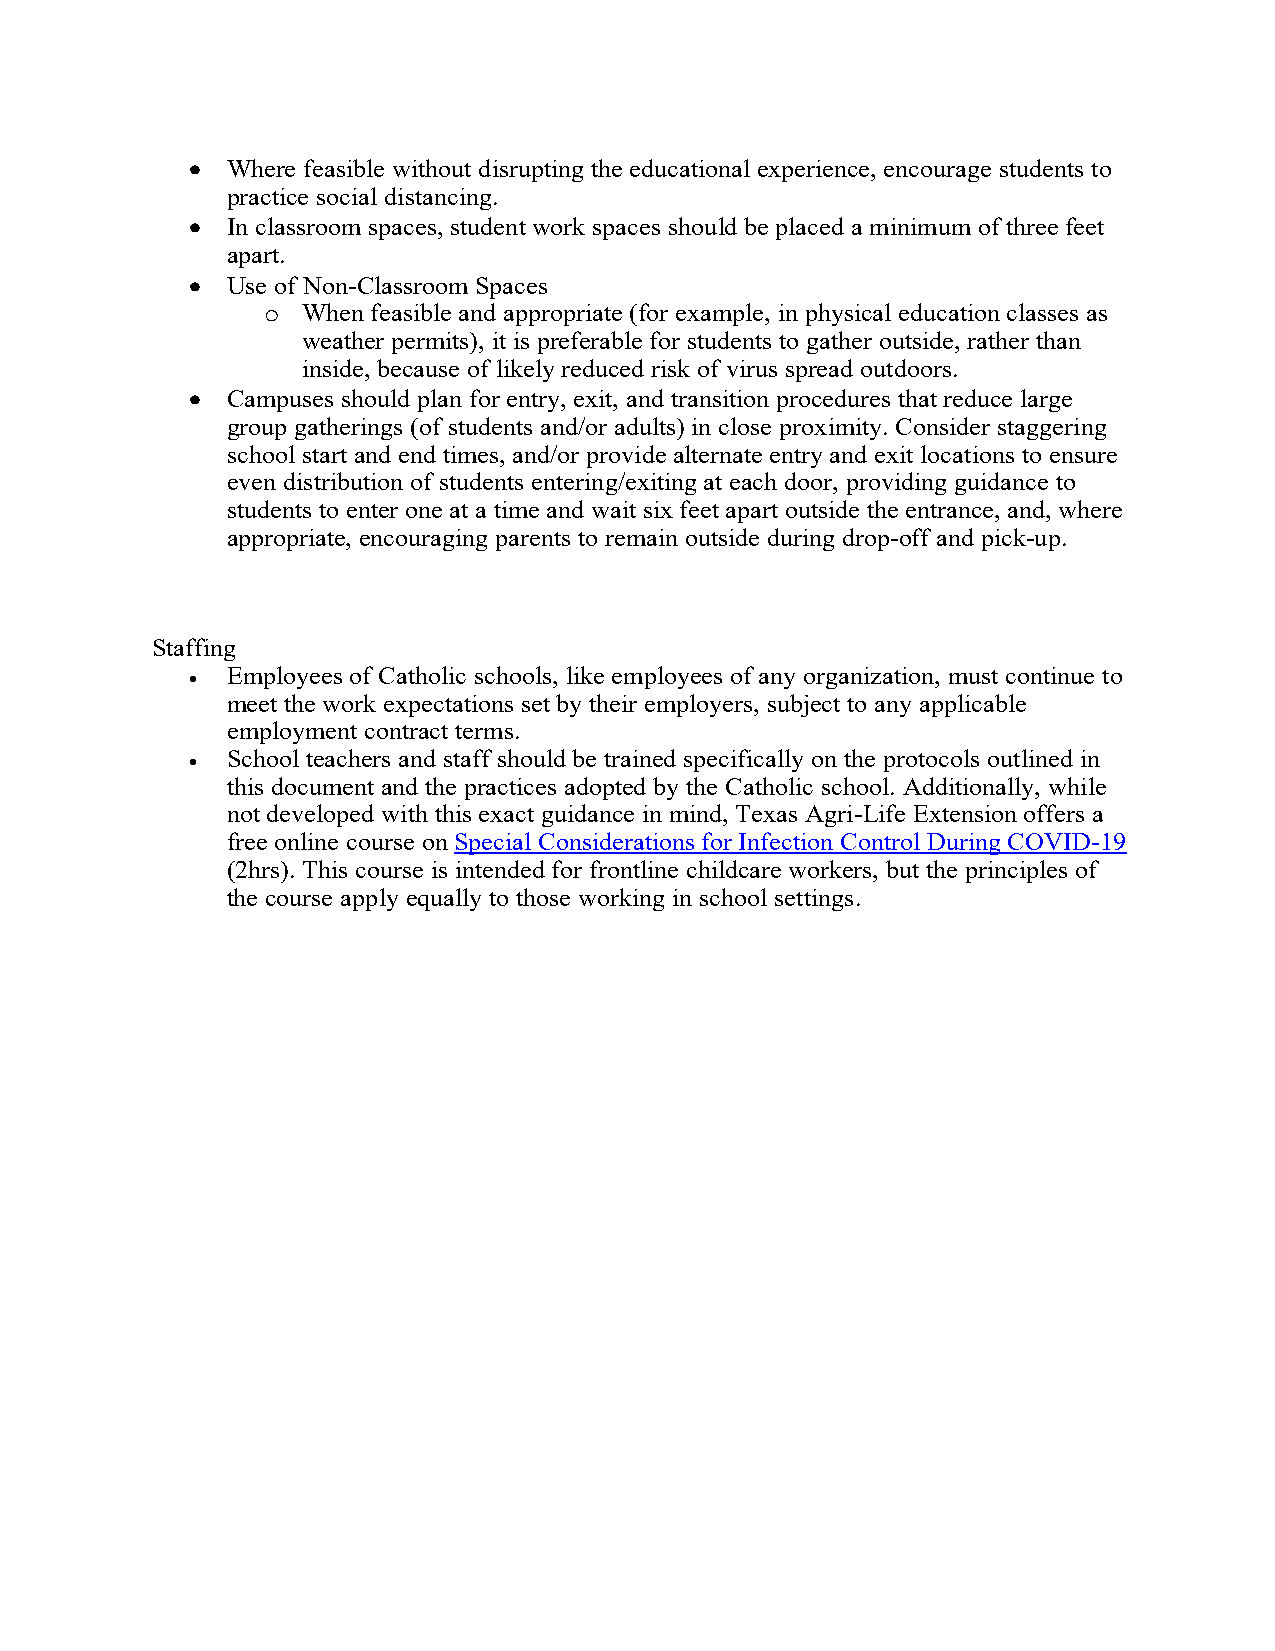
• Where feasible without disrupting the educational experience, encourage students to
 practice social distancing.
 • In classroom spaces, student work spaces should be placed a minimum of three feet
 apart.
 • Use of Non-Classroom Spaces
 o When feasible and appropriate (for example, in physical education classes as
 weather permits), it is preferable for students to gather outside, rather than
 inside, because of likely reduced risk of virus spread outdoors.
 • Campuses should plan for entry, exit, and transition procedures that reduce large
 group gatherings (of students and/or adults) in close proximity. Consider staggering
 school start and end times, and/or provide alternate entry and exit locations to ensure
 even distribution of students entering/exiting at each door, providing guidance to
 students to enter one at a time and wait six feet apart outside the entrance, and, where
 appropriate, encouraging parents to remain outside during drop-off and pick-up.
 Staffing
 • Employees of Catholic schools, like employees of any organization, must continue to
 meet the work expectations set by their employers, subject to any applicable
 employment contract terms.
 • School teachers and staff should be trained specifically on the protocols outlined in
 this document and the practices adopted by the Catholic school. Additionally, while
 not developed with this exact guidance in mind, Texas Agri-Life Extension offers a
 free online course on Special Considerations for Infection Control During COVID-19
 (2hrs). This course is intended for frontline childcare workers, but the principles of
 the course apply equally to those working in school settings.